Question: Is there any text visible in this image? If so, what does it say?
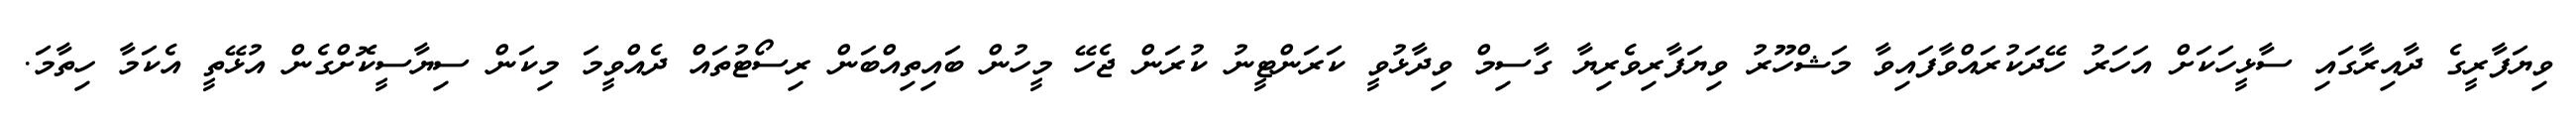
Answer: ވިޔަފާރީގެ ދާއިރާގައި ސާޅީހަކަށް އަހަރު ހޭދަކުރައްވާފައިވާ މަޝްހޫރު ވިޔަފާރިވެރިޔާ ގާސިމް ވިދާޅުވީ ކަރަންޓީނު ކުރަން ޖެހޭ މީހުން ބައިތިއްބަން ރިސޯޓުތައް ދެއްވީމަ މިކަން ސިޔާސީކޮށްގެން އުޅޭތީ އެކަމާ ހިތާމަ.